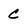
Character: C